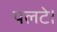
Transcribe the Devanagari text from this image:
पलटे।